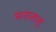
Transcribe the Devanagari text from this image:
मनासलू